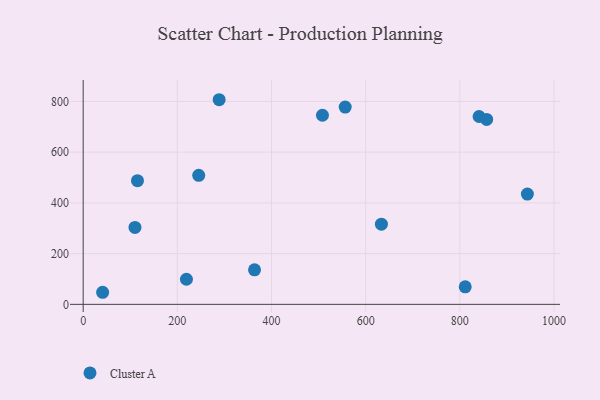
{"axis": {"x": "Ad Spend", "y": "Profit"}, "legend": ["Cluster A"], "data": [{"x": "219.3", "y": 98.9, "type": "Cluster A"}, {"x": "556.5", "y": 777.8, "type": "Cluster A"}, {"x": "115.3", "y": 487.7, "type": "Cluster A"}, {"x": "508.2", "y": 745.5, "type": "Cluster A"}, {"x": "943.4", "y": 434.8, "type": "Cluster A"}, {"x": "811.4", "y": 69.1, "type": "Cluster A"}, {"x": "840.8", "y": 740.6, "type": "Cluster A"}, {"x": "288.8", "y": 806.8, "type": "Cluster A"}, {"x": "245.4", "y": 508.7, "type": "Cluster A"}, {"x": "856.9", "y": 729.1, "type": "Cluster A"}, {"x": "41.3", "y": 47.6, "type": "Cluster A"}, {"x": "110.0", "y": 303.3, "type": "Cluster A"}, {"x": "363.9", "y": 136.3, "type": "Cluster A"}, {"x": "633.4", "y": 316.0, "type": "Cluster A"}]}